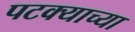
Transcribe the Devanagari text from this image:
पटक्याच्या